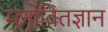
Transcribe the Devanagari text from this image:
मनोवितज्ञान